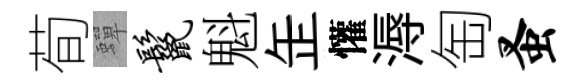
荀蟬鬣魁𦈢懽溽匋蚤